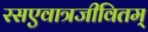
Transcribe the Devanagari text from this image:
रसएवात्रजीवितम्